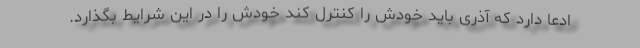
ادعا دارد که آذری باید خودش را کنترل کند خودش را در این شرایط بگذارد.